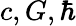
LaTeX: c,G,\hbar